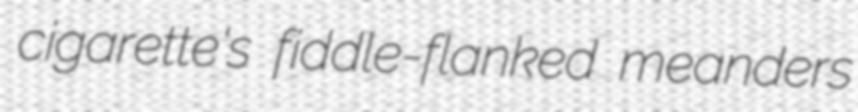
cigarette's fiddle-flanked meanders